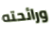
ورائحته